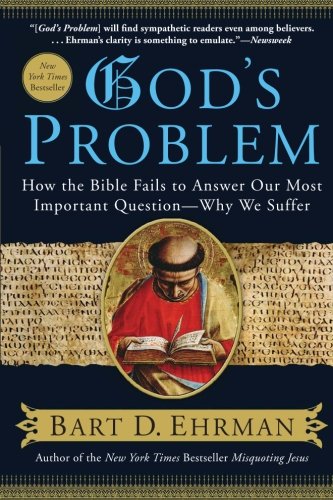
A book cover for God's Problem: How the Bible Fails to Answer Our Most Important Question--Why We Suffer; Bart D. Ehrman; Christian Books & Bibles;